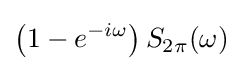
\left(1-e^{-i\omega }\right)S_{2\pi }(\omega )\!